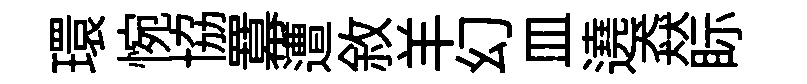
環惋協羃遭敘羊幻皿遶猋眎